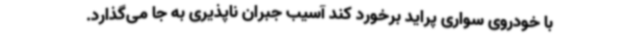
با خودروی سواری پراید برخورد کند آسیب جبران ناپذیری به جا می‌گذارد.